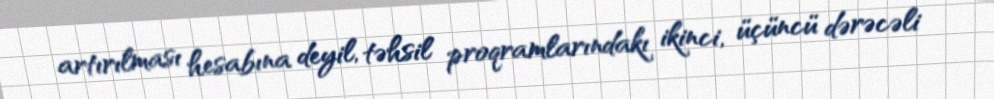
artırılması hesabına deyil, təhsil proqramlarındakı ikinci, üçüncü dərəcəli